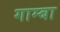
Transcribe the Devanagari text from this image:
गाम्बा